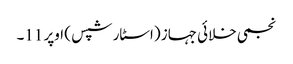
نجمی خلائی جہاز (اسٹار شپس ) اوپر 11۔